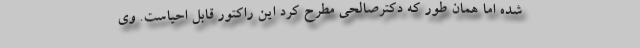
شده اما همان طور که دکترصالحی مطرح کرد این راکتور قابل احیاست. وی